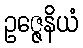
ဥဇ္ဇေနိယံ